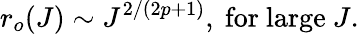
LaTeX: r_{o}(J)\sim J^{2/(2p+1)},\mathrm{~for~large}\ J.